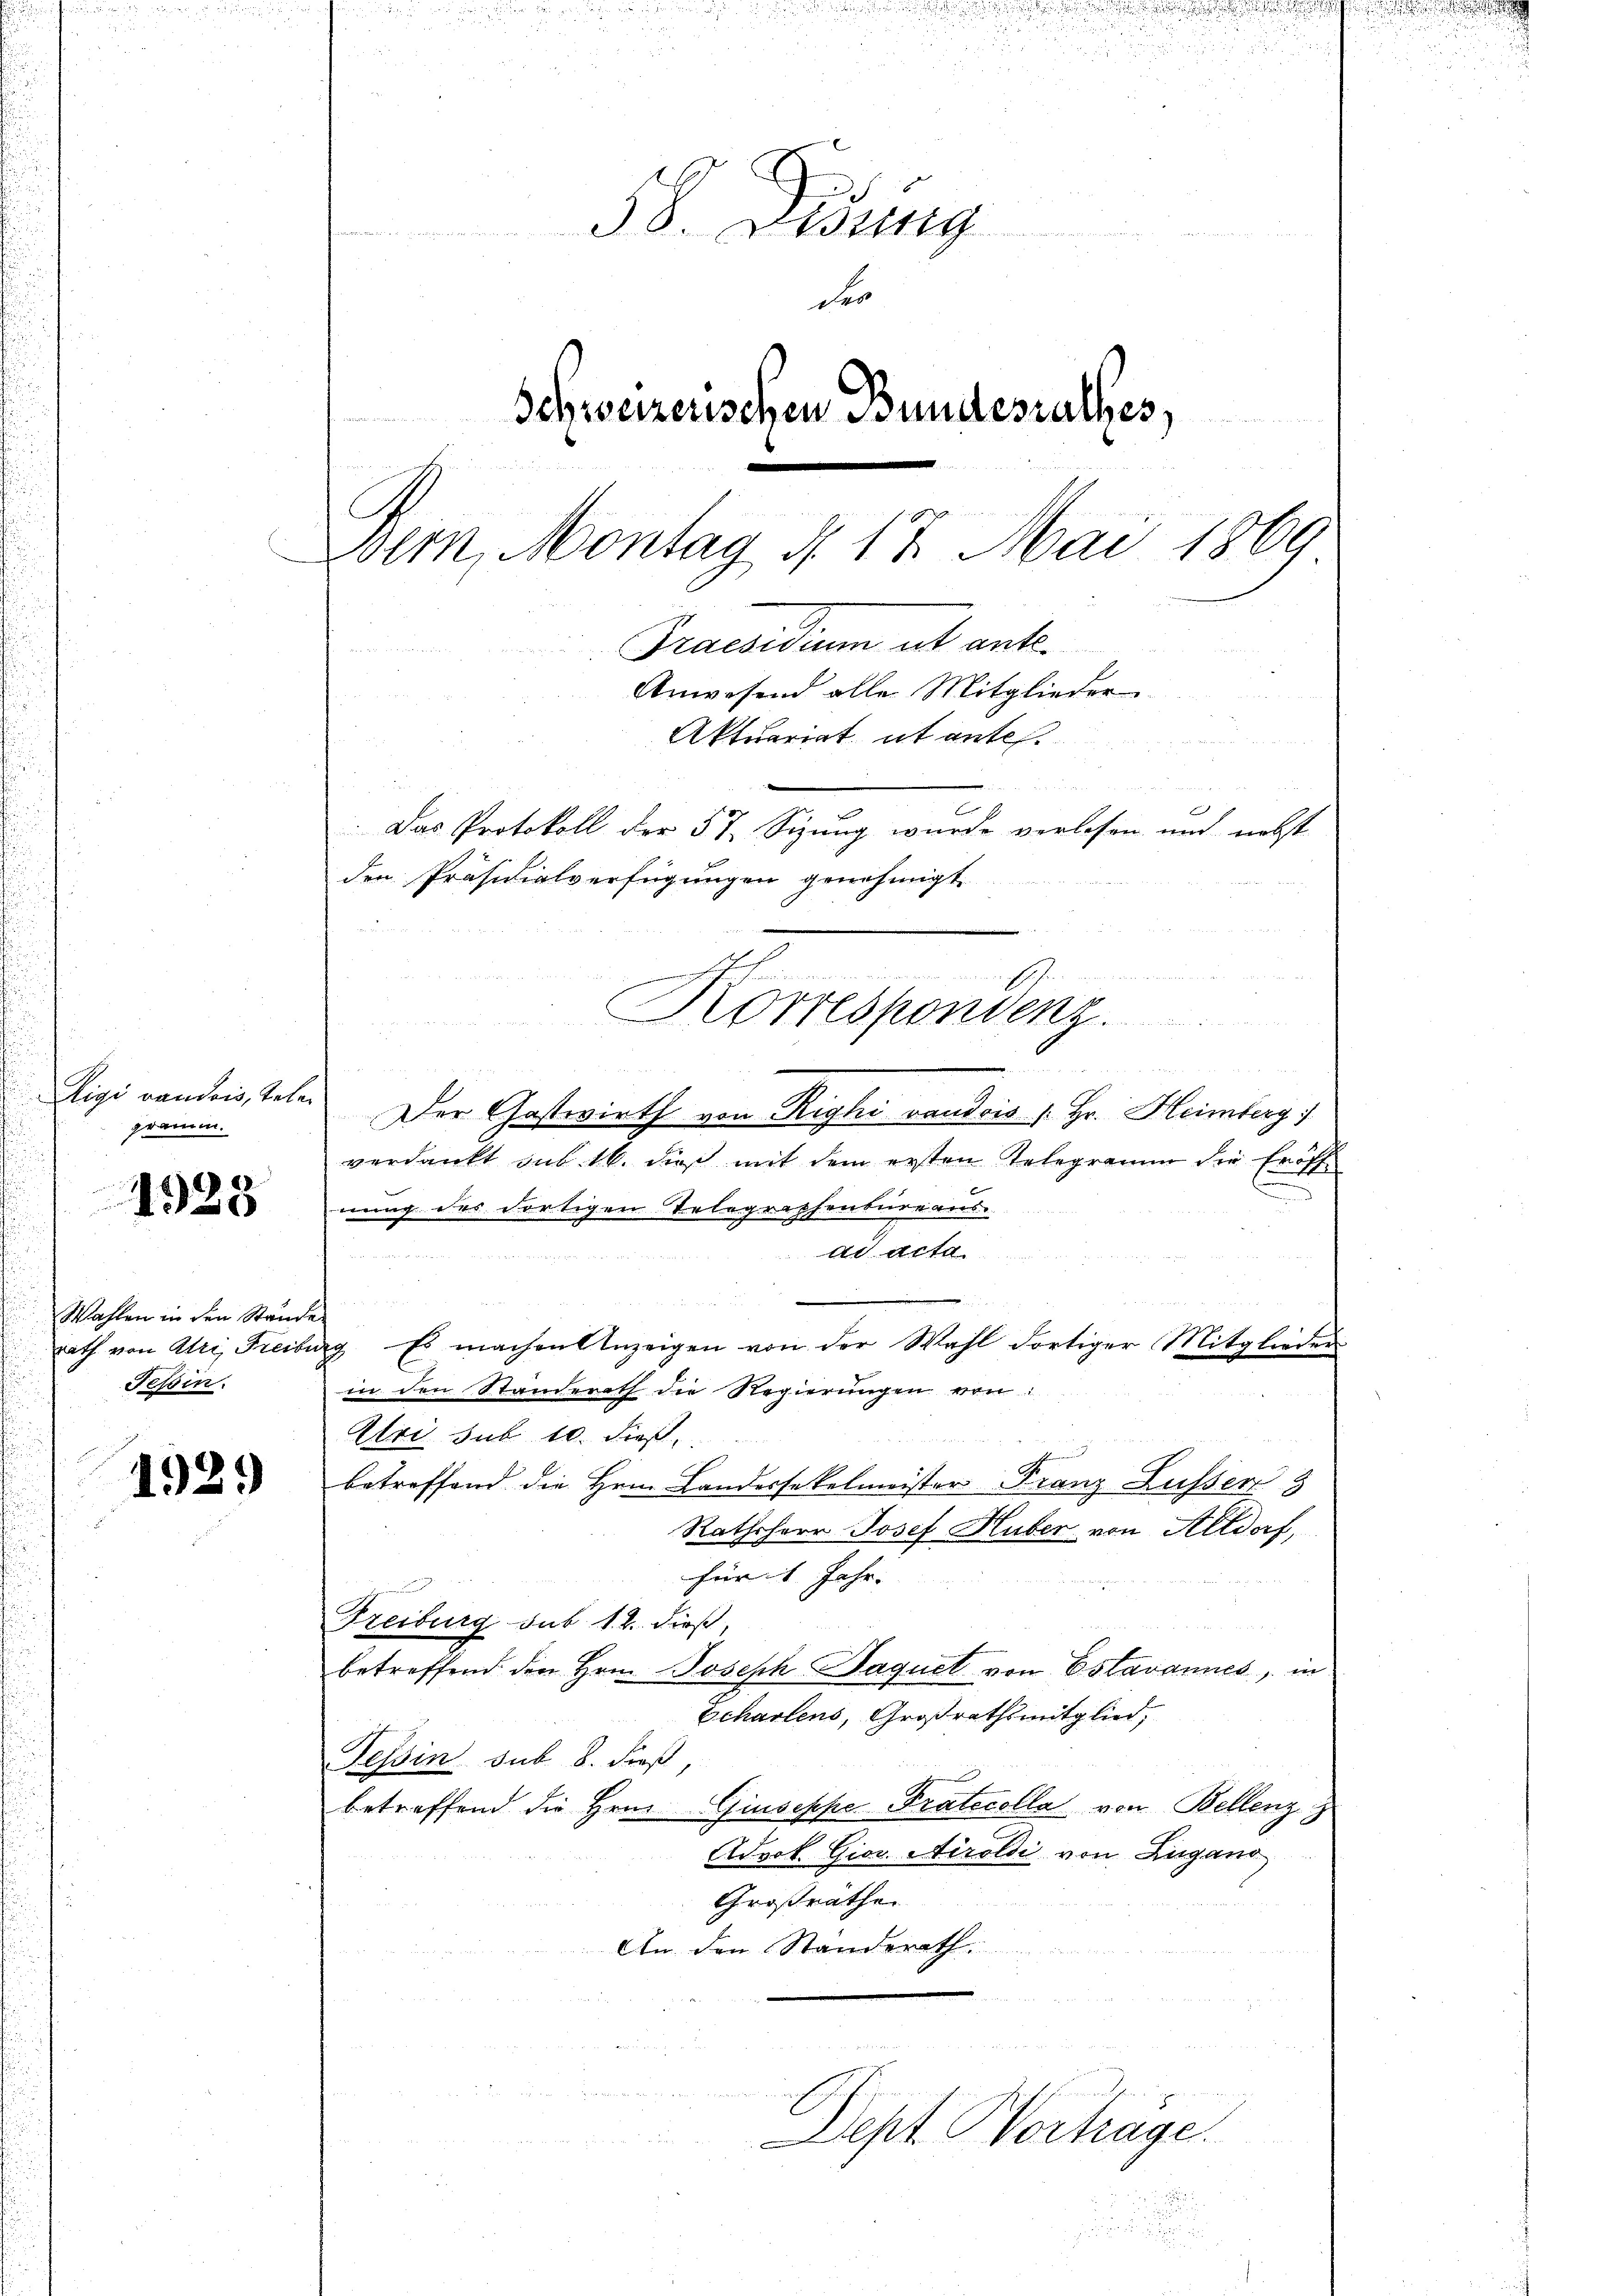
Rigi vaudois, tele
gramm.

1928

Wahlen in den Ständ
Rath von Atri, Freis
Tessin.

1929

38. Didung
d
der
Schweizerischen Bundesrathes,
e

Bern, Montag d. 17. Mai 1869
Praesidium ut ant¬
Anwesend alle Mitglieder
Aktuariat it entes.
undun
t
e
Das Protokoll der 57. Sizung wurde verlesen und nebst
den Präsidialverfügungen genehmigt

Korrespondenz

.
Der Gastwirth von Righi vaudois [Hr. Heimberg)
verdankt aus 16. dieß mit dem ersten Telegramm die Eröff
nung des dortigen Telegraphenbureaus
ad acta
S 11
ag. Es machen Anzeigen von der Wahl dortiger Mitglieder
in den Standerath die Regierŭngen von
Uri sub 10. dieß,
E
betreffend die Hrn. Landersekelmeister Franz Lusser
Rathsherr Josef Huber von Altdorf,
für 1 Jahr.
e
Freiburg sub 12. dieß,
betreffend den Hrn. Joseph Jaquel von Estavannes, in
Echartens, Großrathsmitglied,
Tessin sub. 8. dieß
betreffend die Hrn. Giuseppe Pratocolla von Bellenz z
Advok. Giov. Airoldi von Zugano
Großrathe
An den Standsrath

Dept Vorträge.